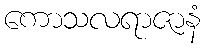
ကောသလရာဇာနံ